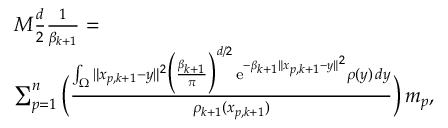
\begin{array} { r l } & { M \frac { d } { 2 } \frac { 1 } { \beta _ { k + 1 } } = } \\ & { \sum _ { p = 1 } ^ { n } \Big ( \frac { \int _ { \Omega } \| x _ { p , k + 1 } - y \| ^ { 2 } \Big ( \frac { \beta _ { k + 1 } } { \pi } \Big ) ^ { d / 2 } \, \mathrm { e } ^ { - \beta _ { k + 1 } \| x _ { p , k + 1 } - y \| ^ { 2 } } \rho ( y ) \, d y } { \rho _ { k + 1 } ( x _ { p , k + 1 } ) } \Big ) \, m _ { p } , } \end{array}